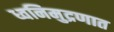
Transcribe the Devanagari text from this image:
ध्वनिमुद्रणात